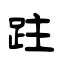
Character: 跓